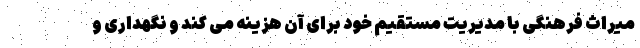
میراث فرهنگی با مدیریت مستقیم خود برای آن هزینه می کند و نگهداری و